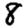
Digit: 8